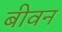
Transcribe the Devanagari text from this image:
बीवन